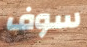
سوف